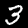
Label: 3